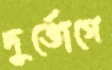
দুর্ভোগে